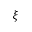
\boldsymbol { \xi }